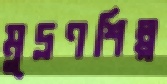
মুদ্রণশিল্প